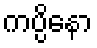
ကပ္ပိနော